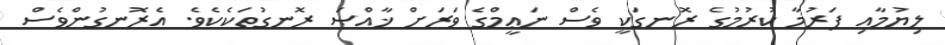
ލިޔުމާއި ފަރުމާ ކުރުމުގެ ރޮނގަކީ ވެސް ނަޢީމްގެ ވަރަށް ޚާއްޞަ ރޮނގުތަކެކެވެ. އެރޮނގުންވެސް